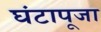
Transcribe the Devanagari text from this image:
घंटापूजा